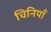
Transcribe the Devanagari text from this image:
चिनियाँ